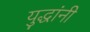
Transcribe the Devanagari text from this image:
युद्धांनी